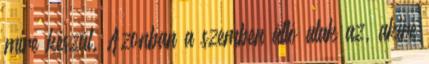
mire készül. Azonban a szemben álló alak az, akire